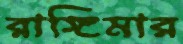
রাঙ্গিমার